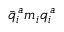
\bar { q } _ { i } ^ { \, a } m _ { i } q _ { i } ^ { \, a }